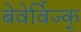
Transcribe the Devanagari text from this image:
बेवेर्विज्क्